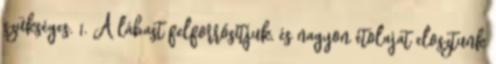
szükséges. 1. A lábast felforrósítjuk, és nagyon étolajat elosztunk